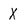
Character: x